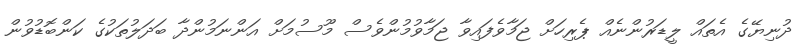
ދުނިޔޭގެ އެތައް ލީޑަރުންނެއް ޕެރިހަށް ޖަމާވެފައިވާ ޖަމާވުމުންވެސް މޫސުމަށް އަންނަމުންދާ ބަދަލުތަކުގެ ކަންބޮޑުވުން